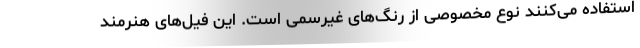
استفاده می‌کنند نوع مخصوصی از رنگ‌های غیرسمی است. این فیل‌های هنرمند